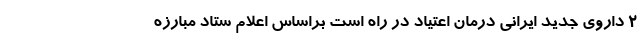
2 داروی جدید ایرانی درمان اعتیاد در راه است براساس اعلام ستاد مبارزه